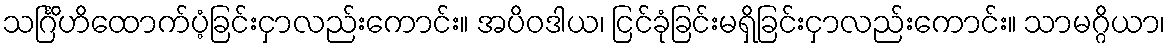
သင်္ဂြိဟိထောက်ပံ့ခြင်းငှာလည်းကောင်း။ အပိဝဒါယ၊ ငြင်ခုံခြင်းမရှိခြင်းငှာလည်းကောင်း။ သာမဂ္ဂိယာ၊